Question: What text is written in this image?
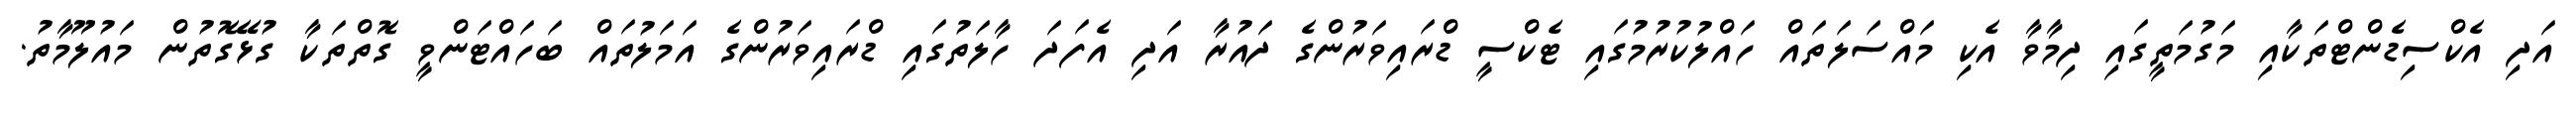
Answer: އަދި އެކްސިޑެންޓްތަކާއި މަގުމަތީގައި ދިމާވާ އެކި މައްސަލަތައް ހައްލުކުރުމުގައި ޓެކްސީ ޑްރައިވަރުންގެ ދައުރާ އަދި އެފަދަ ހާލަތުގައި ޑްރައިވަރުންގެ އަމަލުތައް ބަހައްޓަންވީ ގޮތްތަކާ ގުޅޭގޮތުން މައުލޫމާތު.